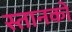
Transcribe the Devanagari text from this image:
स्तानकों